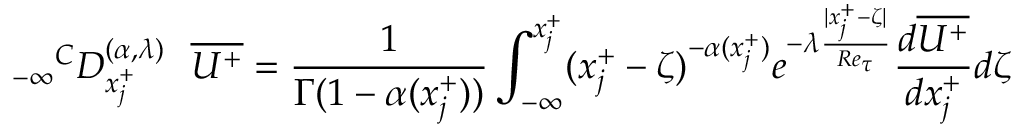
{ _ { - \infty } } ^ { C } D _ { x _ { j } ^ { + } } ^ { ( \alpha , { \lambda } ) } ~ ~ \overline { { U ^ { + } } } = \frac { 1 } { \Gamma ( 1 - \alpha ( x _ { j } ^ { + } ) ) } \int _ { - \infty } ^ { x _ { j } ^ { + } } ( x _ { j } ^ { + } - \zeta ) ^ { - \alpha ( x _ { j } ^ { + } ) } { e ^ { - \lambda \frac { | x _ { j } ^ { + } - \zeta | } { R e _ { \tau } } } } \frac { d \overline { { U ^ { + } } } } { d x _ { j } ^ { + } } d \zeta